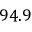
9 4 . 9